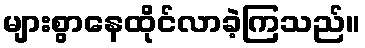
များစွာနေထိုင်လာခဲ့ကြသည်။